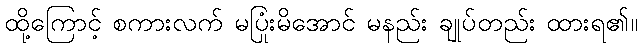
ထို့ကြောင့် စကားလက် မပြုံးမိအောင် မနည်း ချုပ်တည်း ထားရ၏။